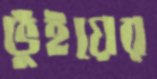
ভুঁইয়ের